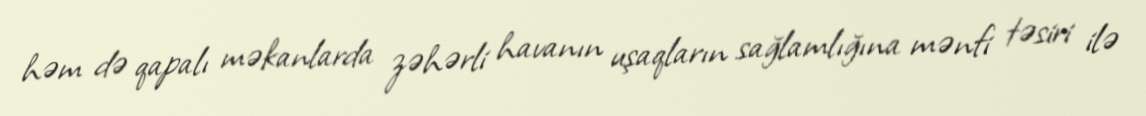
həm də qapalı məkanlarda zəhərli havanın uşaqların sağlamlığına mənfi təsiri ilə